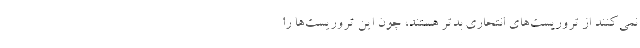
نمی‌کنند از تروریست‌های انتحاری بدتر هستند، چون این تروریست‌ها را